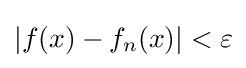
|f(x)-f_{n}(x)|<\varepsilon